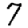
Digit: 7